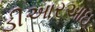
ડીઆરઆઇ